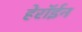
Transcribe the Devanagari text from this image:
हेरॉईन